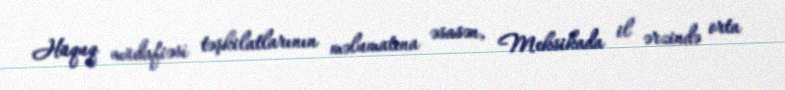
Hüquq müdafiəsi təşkilatlarının məlumatına əsasən, Meksikada il ərzində orta